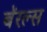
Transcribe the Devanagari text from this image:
बॅरल्स